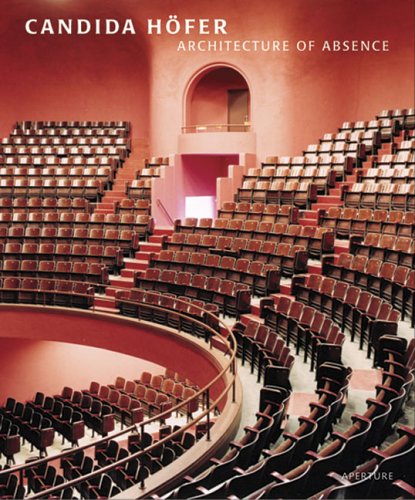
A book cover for Candida HÃ¶fer: Architecture Of Absence; Constance Glenn; Health, Fitness & Dieting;